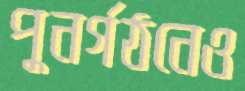
পুনর্গঠনেও